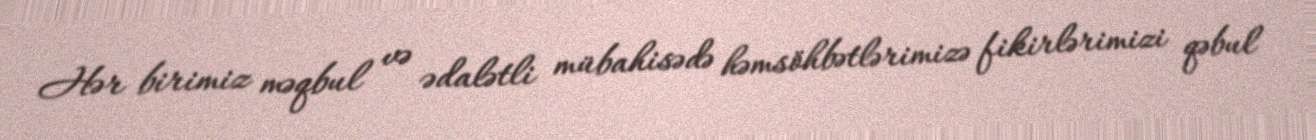
Hər birimiz məqbul və ədalətli mübahisədə həmsöhbətlərimizə fikirlərimizi qəbul